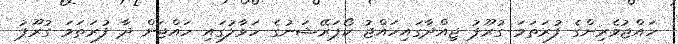
ހައްޖުވެރިންގެ ފުރަތަމަ ގުރޫޕު ޖިއްދާގައިހައްޖު ކޯޕަރޭޝަނުގެ ހަވާލުގައި ހައްޖަށް ދާ ފުރަތަމަ ގުރޫޕު